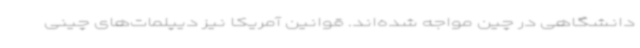
دانشگاهی در چین مواجه شده‌اند. قوانین آمریکا نیز دیپلمات‌های چینی